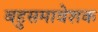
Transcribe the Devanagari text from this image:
बहुसमावेशक